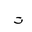
Letter: _ta